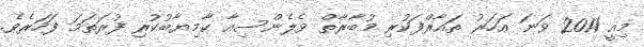
މިއީ 2011 ވަނަ އަހަރު ތައާރްފަކުރި މުބާރާތް ވެލެންސިއާ ކާމިޔާބުކުރި ފުރަތަމަ ފަހަރެވެ.